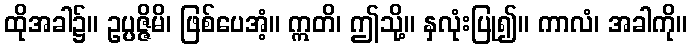
ထိုအခါ၌။ ဥပ္ပဇ္ဇိမိ၊ ဖြစ်ပေအံ့။ ဣတိ၊ ဤသို့။ နှလုံးပြု၍။ ကာလံ၊ အခါကို။